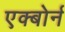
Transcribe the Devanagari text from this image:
एक्बोर्न